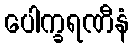
ပေါက္ခရဏီနံ